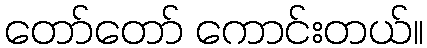
တော်တော် ကောင်းတယ်။